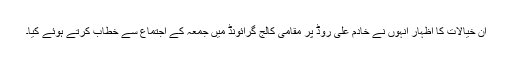
ان خیالات کا اظہار انہوں نے خادم علی روڈ پر مقامی کالج گرائونڈ میں جمعہ کے اجتماع سے خطاب کرتے ہوئے کیا۔